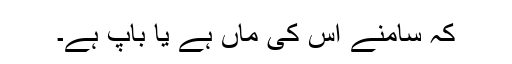
کہ سامنے اُس کی ماں ہے یا باپ ہے۔